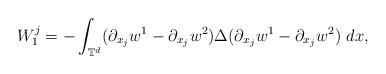
LaTeX: \begin{align*}W^{j}_{1}=-\int_{\mathbb{T}^{d}}(\partial_{x_{j}}w^{1}-\partial_{x_{j}}w^{2})\Delta(\partial_{x_{j}}w^{1}-\partial_{x_{j}}w^{2})\ dx,\end{align*}